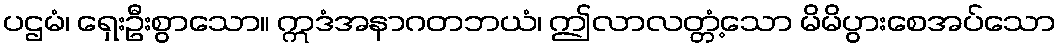
ပဌမံ၊ ရှေးဦးစွာသော။ ဣဒံအနာဂတဘယံ၊ ဤလာလတ္တံ့သော မိမိပွားစေအပ်သော